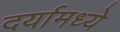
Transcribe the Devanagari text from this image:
दर्यामध्ये